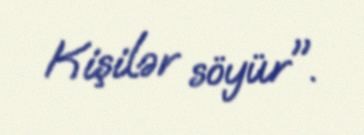
Kişilər söyür".